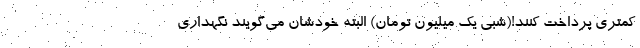
کمتری پرداخت کنند!(شبی یک میلیون تومان) البته خودشان می‌گویند نگهداری